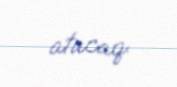
atacaq.